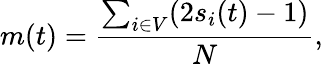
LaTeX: m(t)=\frac{\sum_{\substack{i\in V}}(2s_{i}(t)-1)}{N},